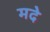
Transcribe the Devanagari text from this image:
मदे